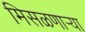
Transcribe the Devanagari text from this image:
मिसळणार्‍या